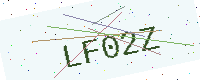
Text: LF02Z